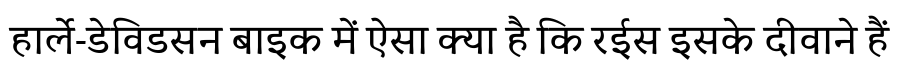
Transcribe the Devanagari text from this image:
हार्ले-डेविडसन बाइक में ऐसा क्या है कि रईस इसके दीवाने हैं